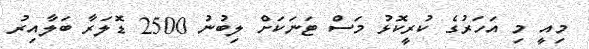
މިއީ މި އަހަރުގެ ކުރީކޮޅު މަސް ޓަނަކަށް ލިބުނު 2500 ޑޮލަރާ ބަލާއިރު